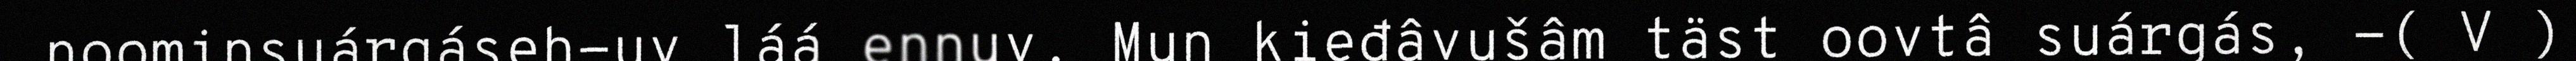
noominsuárgáseh-uv láá ennuv. Mun kieđâvušâm täst oovtâ suárgás, -( V )